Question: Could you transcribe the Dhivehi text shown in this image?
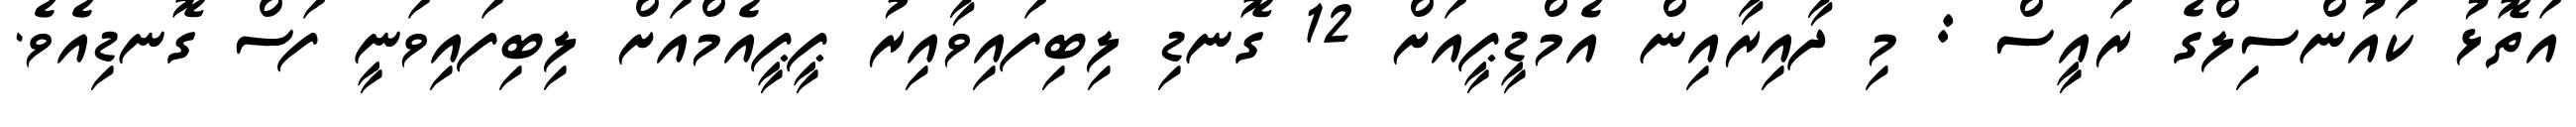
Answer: އަތޮޅު ކައުންސިލްގެ ރައީސް : މި ދާއިރާއިން އެމްޑީޕީއަށް 12 ގޮނޑި ލިބިފައިވާއިރު ޕީޕީއެމްއަށް ލިބިފައިވަނީ ފަސް ގޮނޑިއެވެ.